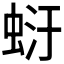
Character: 𧋂